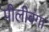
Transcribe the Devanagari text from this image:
पीलीबंगा